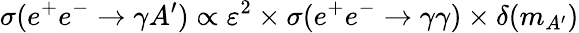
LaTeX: \sigma(e^{+}e^{-}\rightarrow\gamma A^{\prime})\propto\varepsilon^{2}\times\sigma(e^{+}e^{-}\rightarrow\gamma\gamma)\times\delta(m_{A^{\prime}})